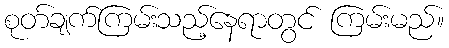
စုတ်ချက်ကြမ်းသည့်နေရာတွင် ကြမ်းမည်။